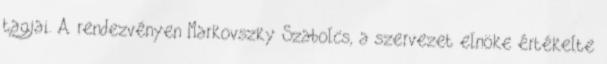
tagjai. A rendezvényen Markovszky Szabolcs, a szervezet elnöke értékelte